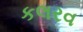
કલરવ